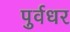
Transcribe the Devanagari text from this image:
पुर्वधर